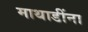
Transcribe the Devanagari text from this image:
माथाडींना